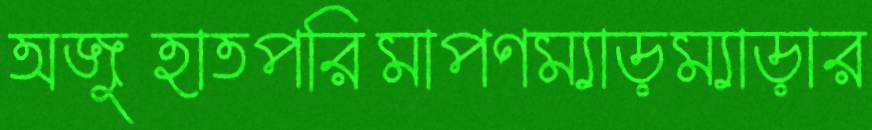
অজুহাতপরিমাপণম্যাড়ম্যাড়ার